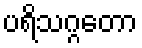
ပရိသဂ္ဂတော